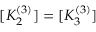
[ K _ { 2 } ^ { ( 3 ) } ] = [ K _ { 3 } ^ { ( 3 ) } ]